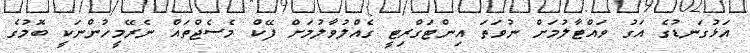
އަޅުގަނޑުގެ އަގު ވައްޓާލުމަށް ނުވަތަ އިންޓަގްރިޓީ ގެއްލުވާލުމަށް ފޭކް މެސެޖްތައް ނެރޭމީހުންނަކީ ބޮމުގެ